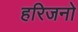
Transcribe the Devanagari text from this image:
हरिजनो